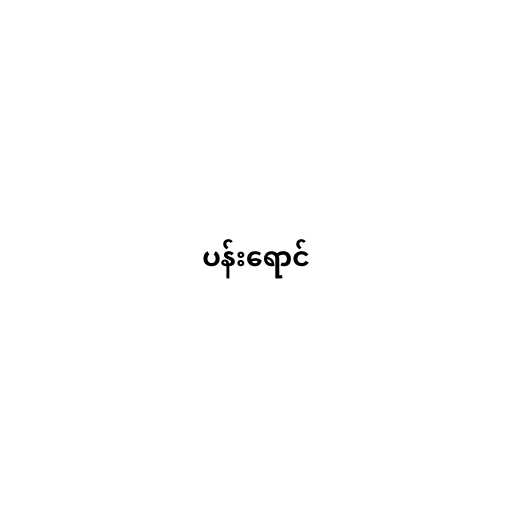
ပန်းရောင်